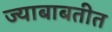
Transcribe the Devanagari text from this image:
ज्याबाबतीत